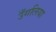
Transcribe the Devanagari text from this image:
उँगलिया